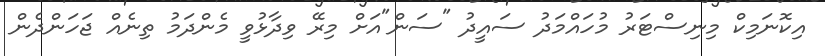
އިކޮނަމިކް މިނިސްޓަރު މުހައްމަދު ސައީދު "ސަން"އަށް މިރޭ ވިދާޅުވީ މެންދަމު ތިނެއް ޖަހަންދެން